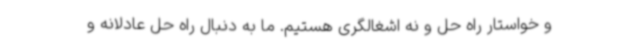
و خواستار راه حل و نه اشغالگری هستیم. ما به دنبال راه حل عادلانه و